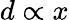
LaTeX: d\propto x